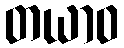
တယာဝ